Report of an investigation into the causes of malaria in Bombay and the measures necessary for its control
Disease focus: Malaria
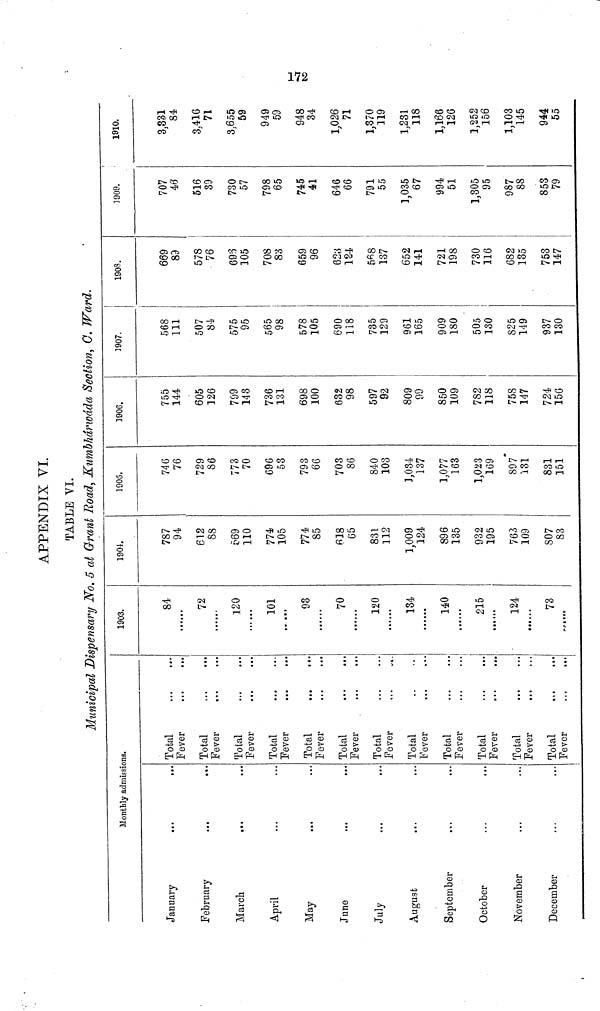
172
APPENDIX VI.
TABLE VI.
Municipal Dispensary No. 5 at Grant Road, Kumbhárwáda Section, C. Ward.
Monthly admissions.
January
...
..
February
...
March
...
April
May
June
July
August
September
October
November
December
Total
Fever
Total
Fever
Total
Fever
Total
Fever
Total
Fever
Total
Fever
Total
Fever
Total
Fever
Total
Fever
Total
Total
Fever
Total
Fever
1903.
84
72
120
101
93
70
120
134
140
215
124
73
1901.
787
94
612
88
569
110
774
105
774
85
65
831
112
1,009
124
896
135
932
195
763
109
807
83
1905.
746
76
729
86
773
70
696
53
793
66
703
86
840
103
1,034
137
1,077
163
1,023
169
897
131
831
151
1906.
755
144
605
126
799
143
736
131
698
100
632
98
597
92
809
99
850
109
782
118
758
147
724
156
3907.
568
111
507
84
575
95
565
98
578
105
690
118
735
129
961
165
909
180
505
130
825
149
937
130
i
1903.
669
89
578
76
695
105
708
83
659
96
623
124
568
137
652
141
721
198
730
116
682
135
753
147
1909.
707
46
516
39
730
57
798
65
745
41
646
66
791
55
1,035
67
994
51
1,305
95
987
88
853
79
1910.
3,331
84
3,416
71
3,655
59
949
59
948
34
1,026
71
1,370
119
1,231
118
1,166
126
1,252
156
1,103
145
944
55